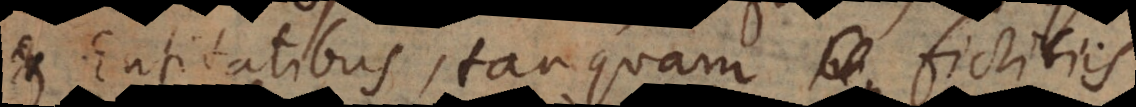
et Entitatibus, tanquam fictitiis